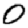
Digit: 0